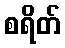
စရိတ်